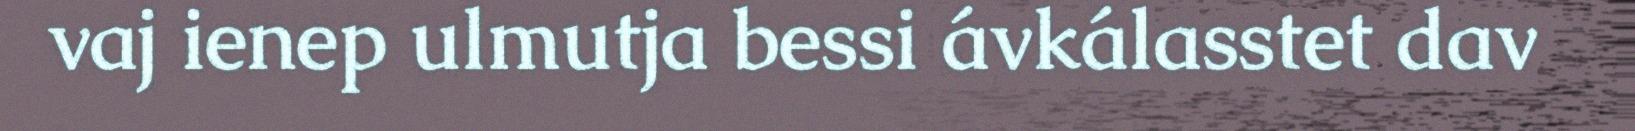
vaj ienep ulmutja bessi ávkálasstet dav